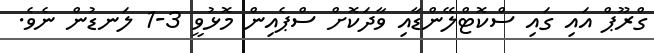
ގްރޫޕް އައި ގައި ސްކޮޓްލޭންޑާއި ވާދަކޮށް ސްޕެއިން މޮޅުވީ 3-1 ލަނޑުން ނެވެ.